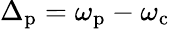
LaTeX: \Delta_{\mathrm{p}}=\omega_{\mathrm{p}}-\omega_{\mathrm{c}}